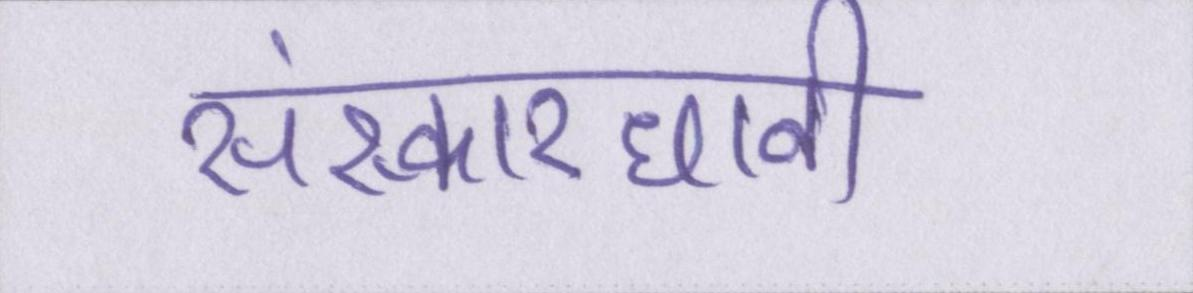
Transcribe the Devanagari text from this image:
संस्कारधानी